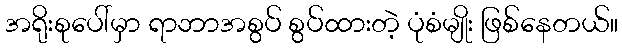
အရိုးစုပေါ်မှာ ရာဘာအစွပ် စွပ်ထားတဲ့ ပုံစံမျိုး ဖြစ်နေတယ်။